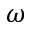
\omega